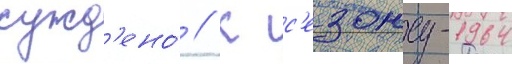
сужд'ено́ // К с'езону-1964